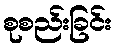
စုစည်းခြင်း